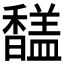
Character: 𩡚